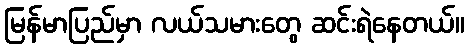
မြန်မာပြည်မှာ လယ်သမားတွေ ဆင်းရဲနေတယ်။